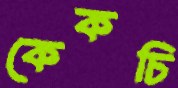
কেকচি